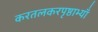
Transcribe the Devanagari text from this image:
करतलकरपृष्ठाभ्याँ